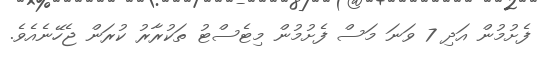
ފެށުމުން އަދި 7 ވަނަ މަސް ފެށުމުން މިޓެސްޓު ތަކުރާރު ކުރަން ޖެހޭނެއެވެ.